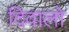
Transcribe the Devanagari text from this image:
दिवालो